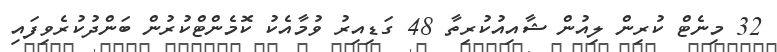
32 މިނެޓް ކުރިން ލިއުން ޝާއިއުކުރިތާ 48 ގަޑިއިރު ވުމާއެކު ކޮމެންޓްކުރުން ބަންދުކުރެވިފައި